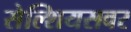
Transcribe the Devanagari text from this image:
सेल्शियसवर